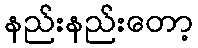
နည်းနည်းတော့